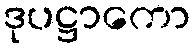
ဒုပဋ္ဌာကော